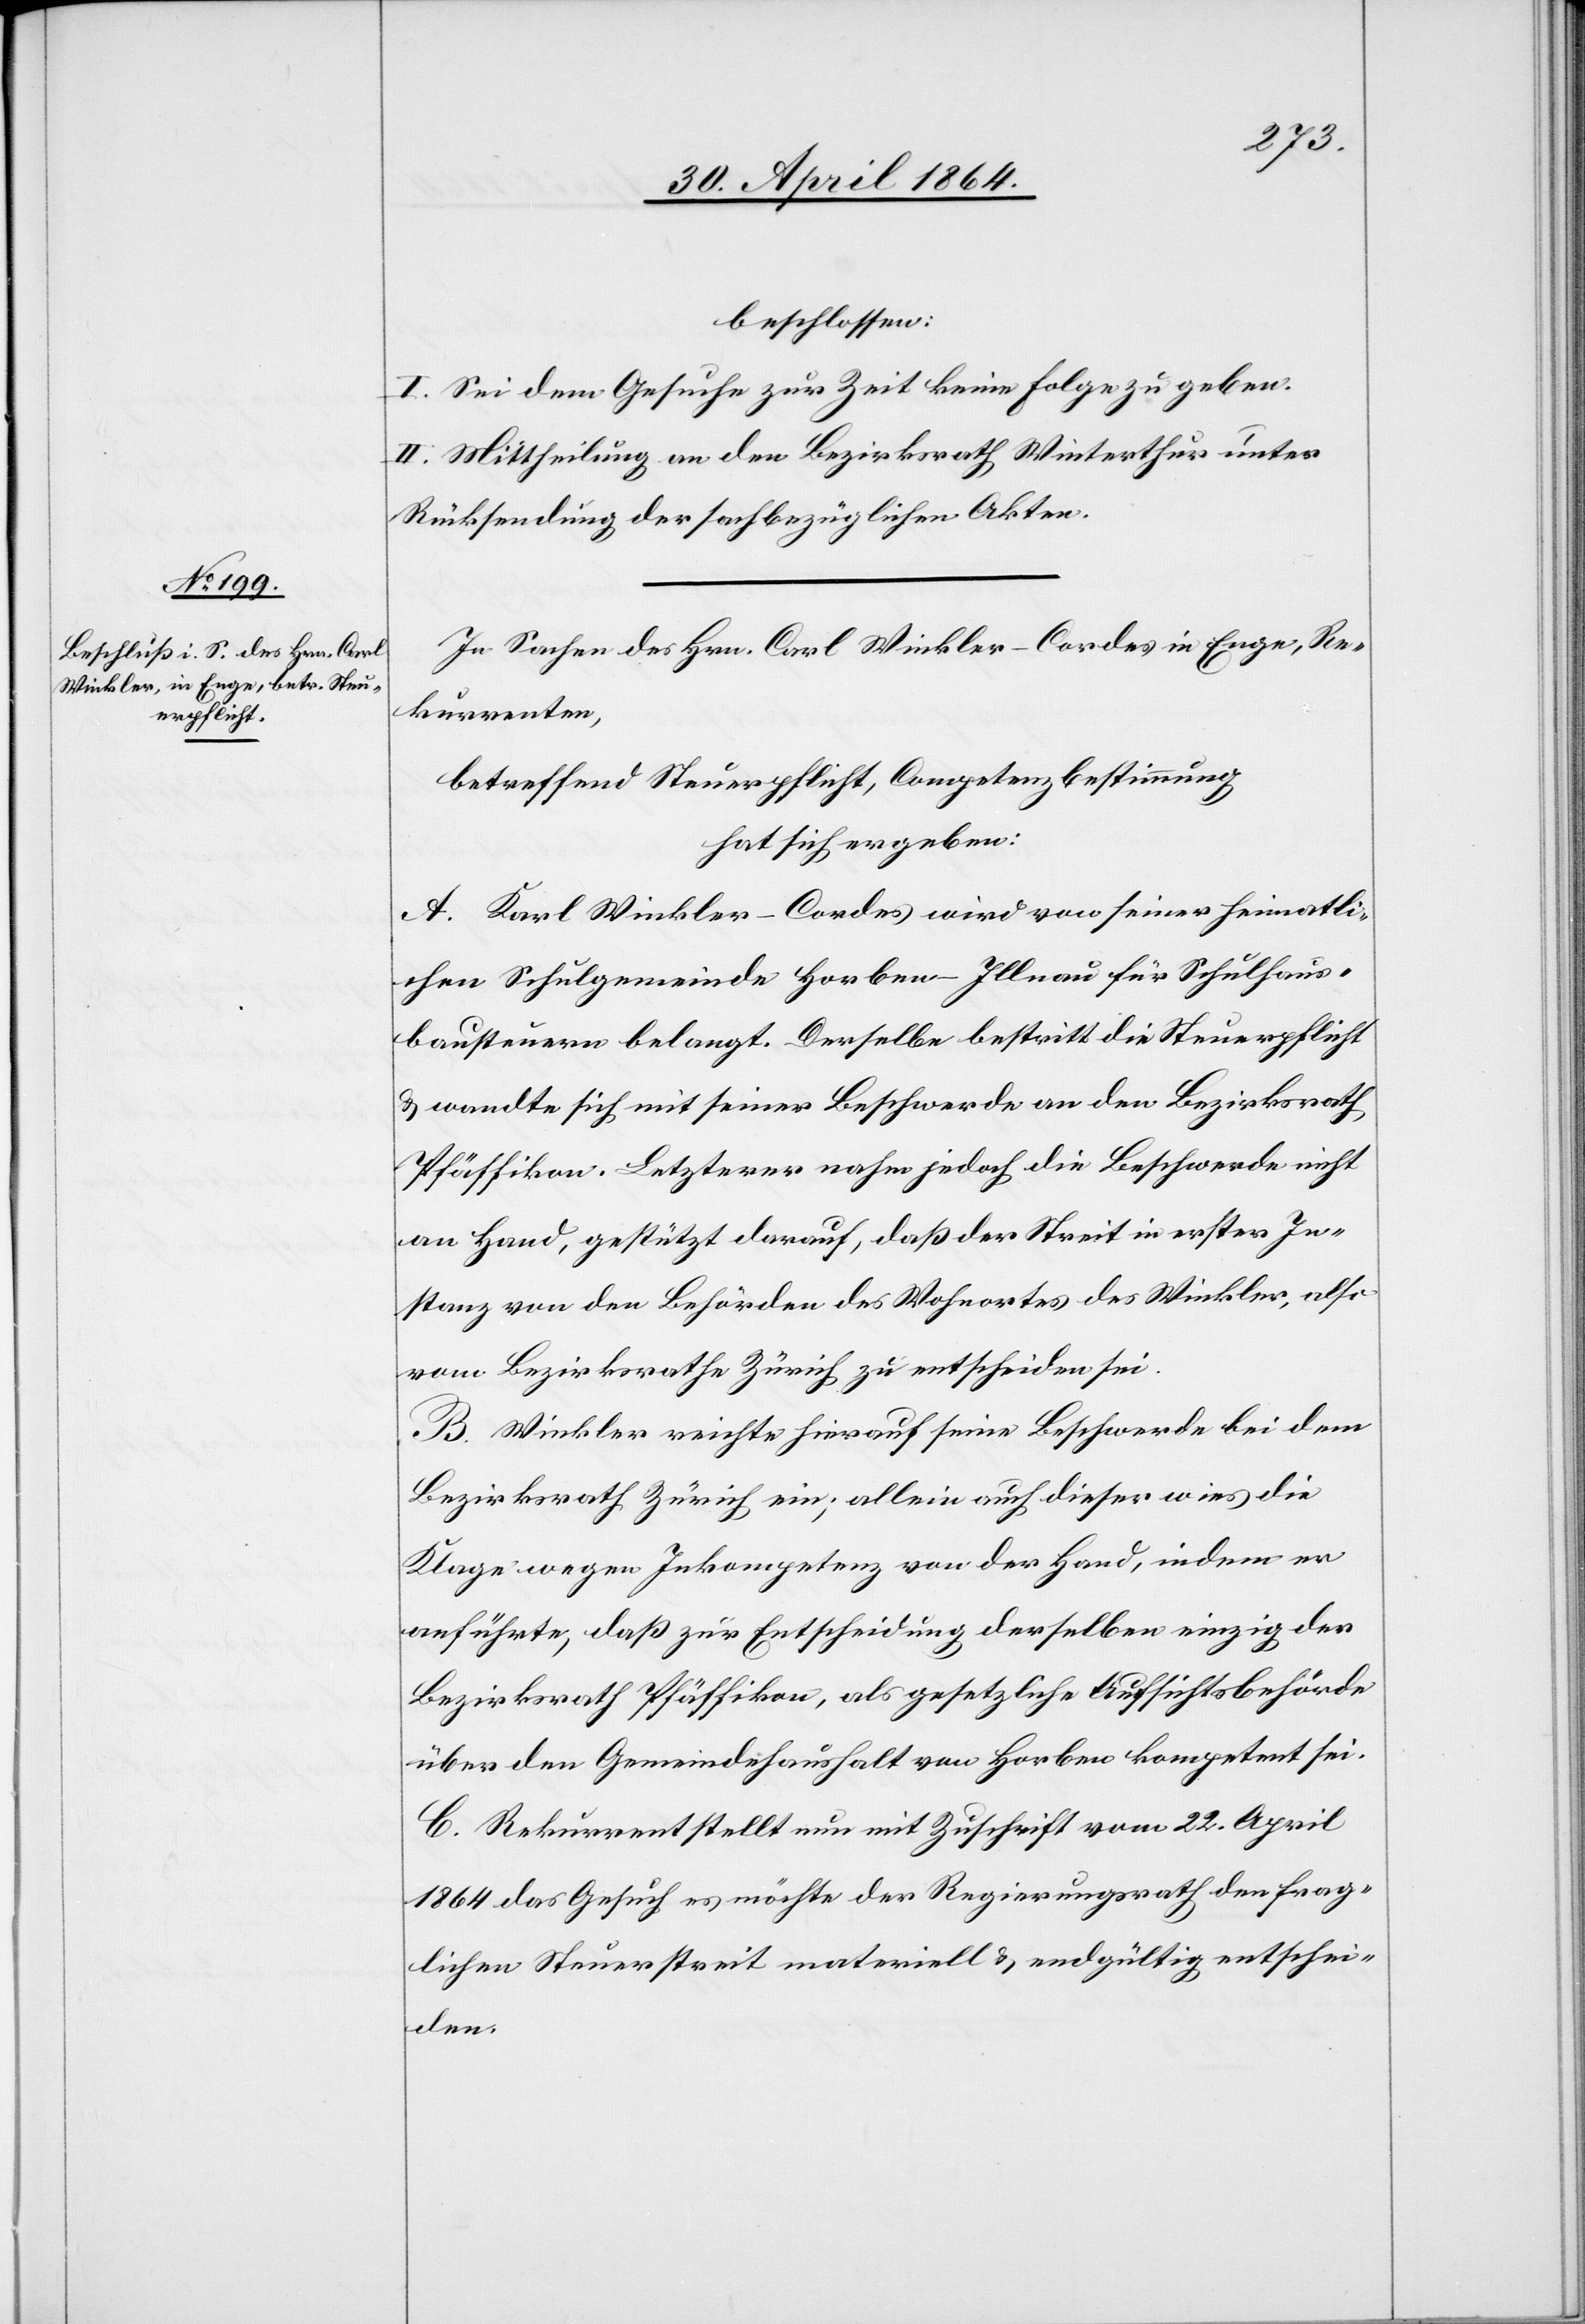
beschlossen:
I. Sei dem Gesuche zur Zeit keine Folge zu geben.
II. Mittheilung an den Bezirksrath Winterthur unter
Rücksendung der sachbezüglichen Akten.
In Sachen des Hrn. Carl Winkler-Cordes in Enge, Re¬
kurrenten,
betreffend Steuerpflicht, Competenzbestimmung
hat sich ergeben:
A. Karl Winkler-Cordes wird von seiner heimatli¬
chen Schulgemeinde Horben-Illnau für Schulhaus¬
bausteuern belangt. Derselbe bestritt die Steuerpflicht
u. wandte sich mit seiner Beschwerde an den Bezirksrath
Pfäffikon. Letzterer nahm jedoch die Beschwerde nicht
an Hand, gestützt darauf, daß der Streit in erster In¬
stanz von den Behörden des Wohnortes des Winkler, also
vom Bezirksrathe Zürich zu entscheiden sei.
B. Winkler reichte hierauf seine Beschwerde bei dem
Bezirksrath Zürich ein; allein auch dieser wies die
Klage wegen Inkompetenz von der Hand, indem er
anführte, daß zur Entscheidung derselben einzig der
Bezirksrath Pfäffikon, als gesetzliche Aufsichtsbehörde
über den Gemeindehaushalt von Horben kompetent sei.
C. Rekurrent stellt nun mit Zuschrift vom 22. April
1864 das Gesuch es möchte der Regierungsrath den frag¬
lichen Steuerstreit materiell u. endgültig entschei¬
den.